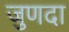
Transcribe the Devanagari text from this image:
जुणदा